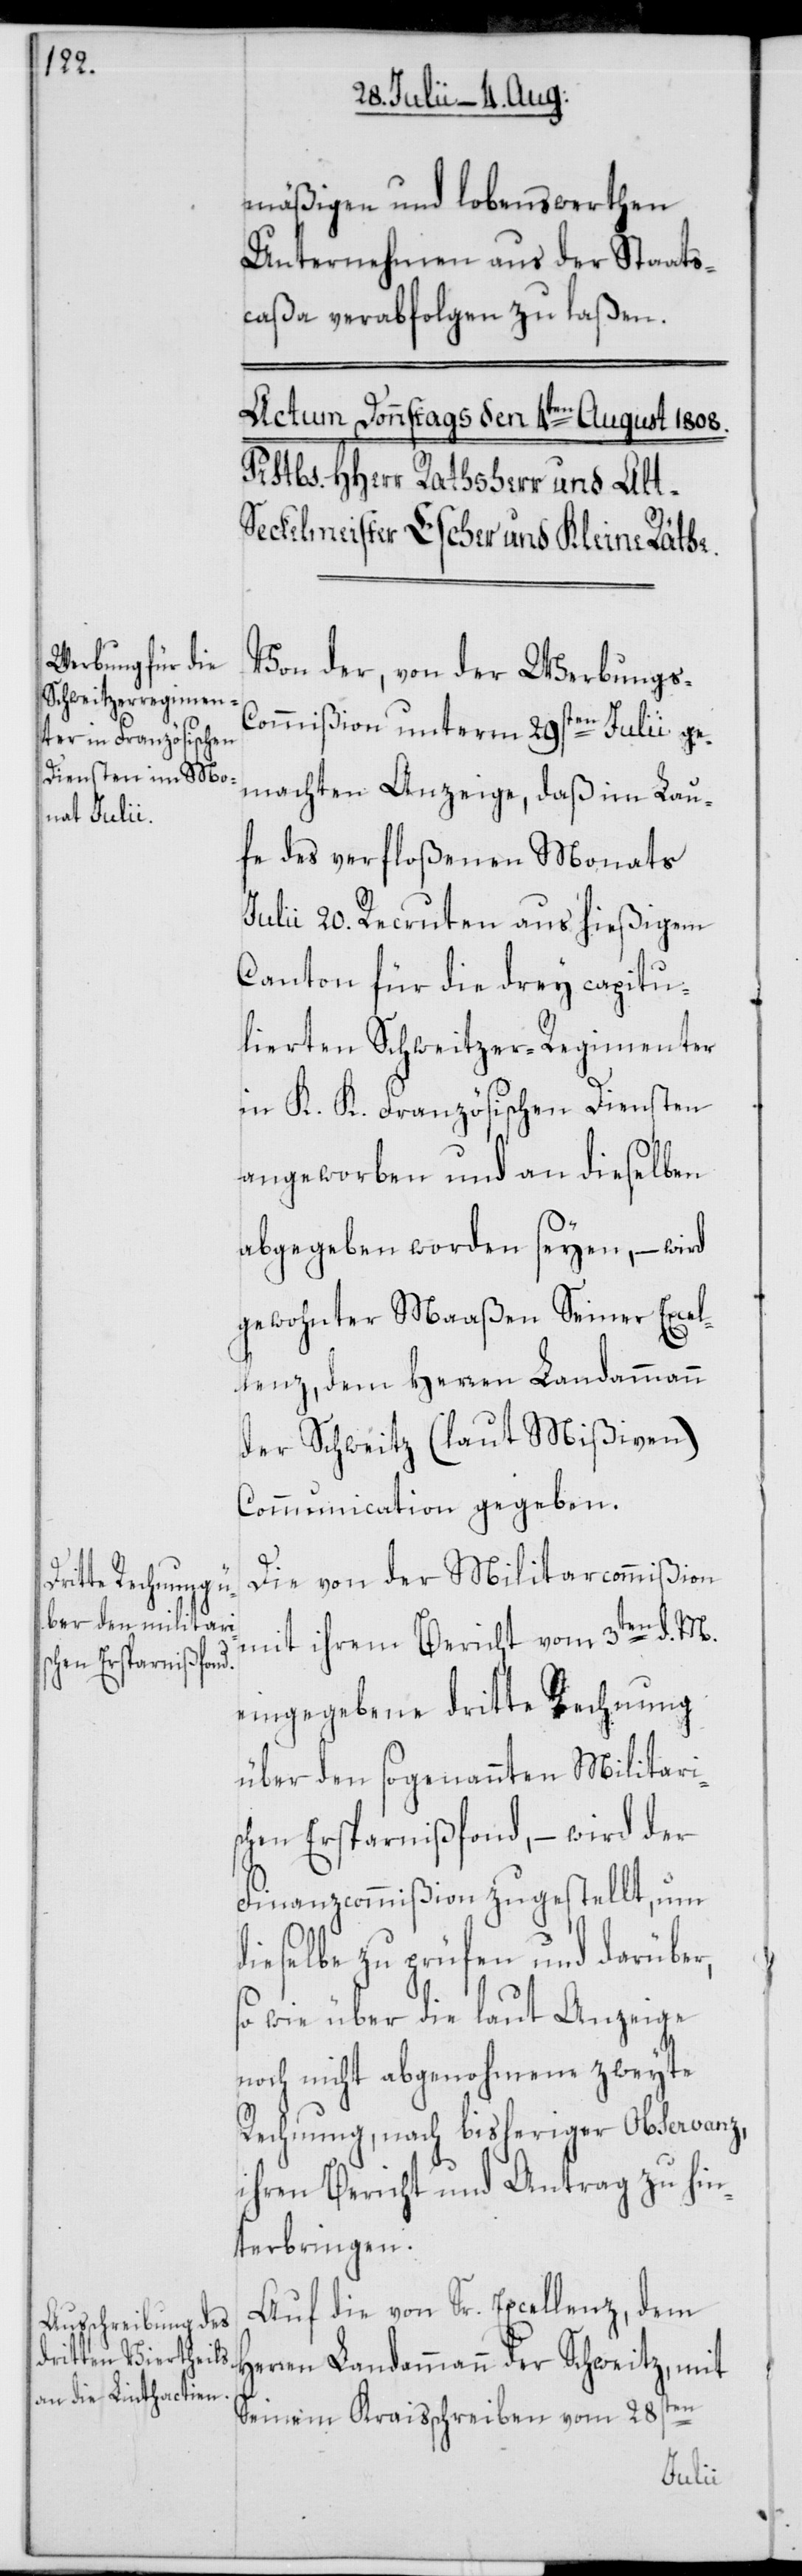
mäßigen und lobenswerthen
Unternehmen aus der Staats¬
caßa verabfolgen zu laßen.
Von der, von der Werbungs-C¬
ommißion unterm 29sten Julii ge¬
machten Anzeige, daß im Lau¬
fe des verfloßenen Monats
Julii 20. Recruten aus hießigem
Canton für die drey capitu¬
lierten Schweitzer-Regimenter
in K. K. Französischen Diensten
angeworben und an dieselben
abgegeben worden seyen, – wird
gewohnter Maaßen Seiner Excel¬
lenz, dem Herren Landammann
der Schweitz (laut Mißiven)
Communication gegeben.
Die von der Militarcommißion
mit ihrem Bericht vom 3ten d. M.
eingegebene dritte Rechnung
über den sogenannten Militari¬
schen Ersparnißfond, – wird der
Finanzcommißion zugestellt, um
dieselbe zu prüfen und darüber,
so wie über die laut Anzeige
noch nicht abgenohmene zweyte
Rechnung, nach bisheriger Observanz,
ihren Bericht und Antrag zu hin¬
terbringen.
Auf die von Sr. Excellenz, dem
Herren Landammann der Schweitz, mit
Seinem Kraisschreiben vom 28sten